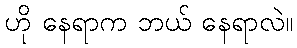
ဟို နေရာက ဘယ် နေရာလဲ။